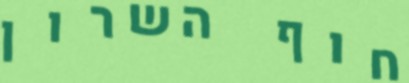
חוף השרון